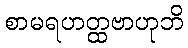
စာမရဟတ္ထဗာဟုဘိ